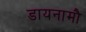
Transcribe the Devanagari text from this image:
डायनामौ